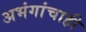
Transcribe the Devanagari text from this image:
अभंगांचाही